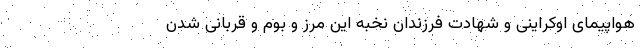
هواپیمای اوکراینی و شهادت فرزندان نخبه این مرز و بوم و قربانی شدن